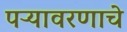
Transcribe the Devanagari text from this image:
पऱ्यावरणाचे